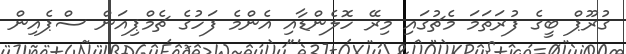
ގުރޫޕް ބީގެ ފުރަތަމަ މެޗުގައި މިރޭ ހޮލެންޑާއި އެންމެ ފަހުގެ ޗެމްޕިއަން ސްޕެއިން